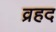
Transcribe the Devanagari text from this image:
व्रहद